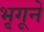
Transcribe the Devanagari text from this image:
भृगूने